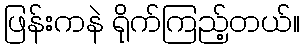
ဖြန်းကနဲ ရိုက်ကြည့်တယ်။